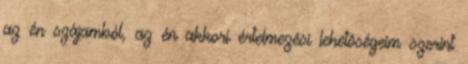
az én szájamból, az én akkori értelmezési lehetõségeim szerint